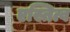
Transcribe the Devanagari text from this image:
एस्तित्व